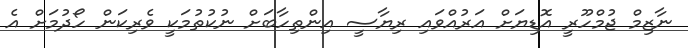
ނާޒިމް ޖުމްހޫރީ އޮޑިޔަށް އަރުއްވައި ރިޔާސީ އިންތިހާބަށް ނުކުތުމަކީ ވެރިކަން ހޯދުމަށް އެ